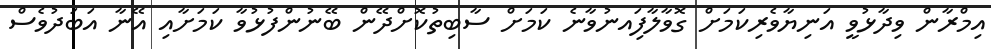
އިމްރާން ވިދާޅުވީ އަނިޔާވެރިކަމަށް ގޮވާލާފަިއނުވާނެ ކަމަށް ސާބިތުކޮށްދޭން ބޭނުންފުޅުވާ ކަމަށާއި އޭނާ އަބަދުވެސް